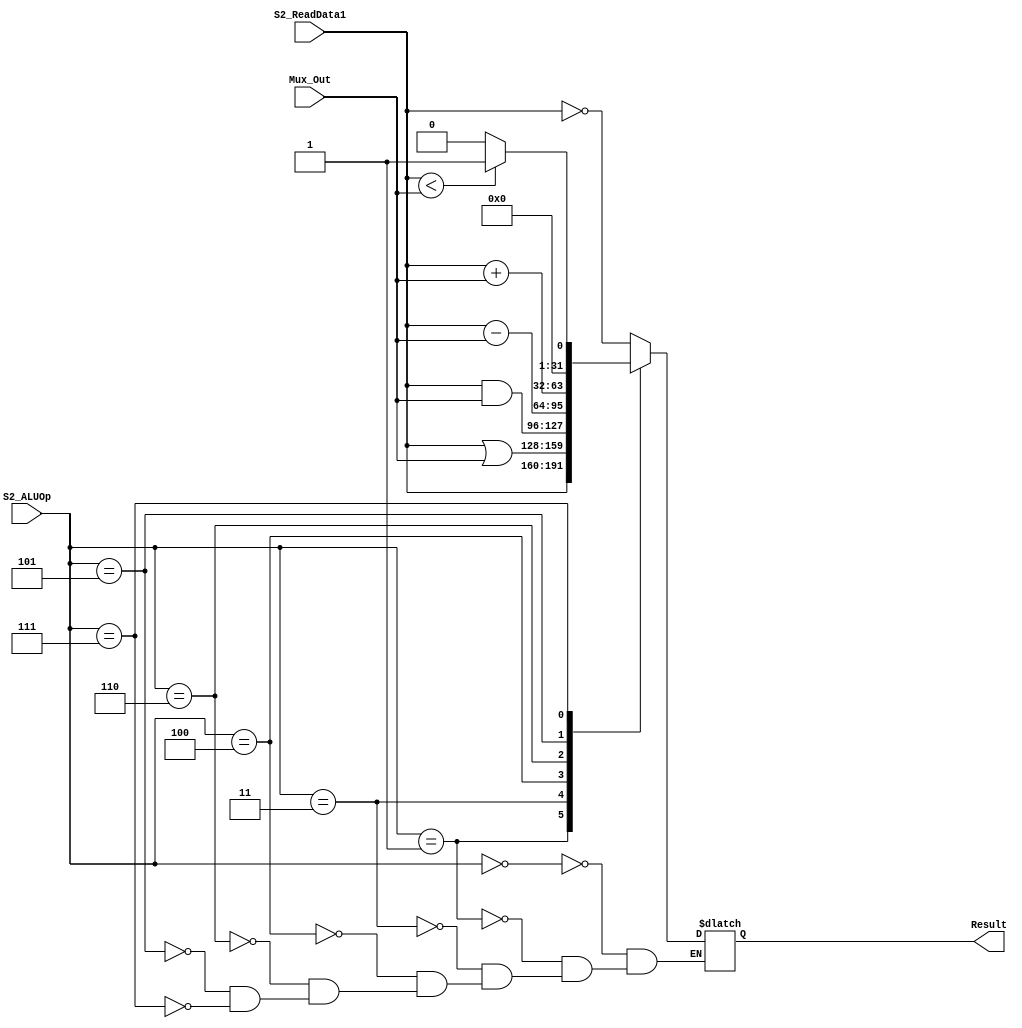
`timescale 1ns / 1ps
//////////////////////////////////////////////////////////////////////////////////
// Company: 
// Engineer: 
// 
// Design Name: 
// Module Name: ALU
// Project Name: 
// Target Devices: 
// Tool Versions: 
// Description: 
// 
// Dependencies: 
// 
// Revision:
// Revision 0.01 - File Created
// Additional Comments:
// 
//////////////////////////////////////////////////////////////////////////////////


module ALU(Result, Mux_Out, S2_ReadData1, S2_ALUOp);

input [31:0] S2_ReadData1;
input [31:0] Mux_Out;
input [2:0] S2_ALUOp;

output reg [31:0] Result;

always @(S2_ALUOp, Mux_Out, S2_ReadData1)
begin
        case(S2_ALUOp)
        3'b000: Result <= ~S2_ReadData1; // Not
        3'b001: Result <= S2_ReadData1; // Mov
        3'b011: Result <= S2_ReadData1 | Mux_Out; // Or
        3'b100: Result <= S2_ReadData1 & Mux_Out; // And
        3'b110: Result <= S2_ReadData1 - Mux_Out; // Sub
        3'b101: Result <= S2_ReadData1 + Mux_Out; // Add
        3'b111: Result <= (($signed(S2_ReadData1) < $signed(Mux_Out)) ? 1:0); // SLT
        endcase
end
endmodule